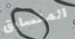
المتسابق